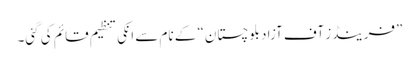
”فرینڈز آف آزاد بلوچستان“ کے نام سے انکی تنظیم قائم کی گئی۔